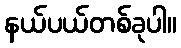
နယ်ပယ်တစ်ခုပါ။